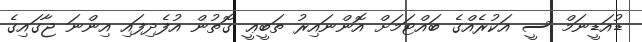
ޑުއަޑީނަމް ސީ އަކުރެއްގެ ބައްޓަމަށް އޮންނައިރު ތަބީޢީ ގޮތުން އުފެދިފައި އިންނަ ޖާގައިގެ